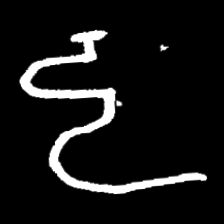
Pyu character \u2014 Myanmar letter: ဠ (romanized: lla)